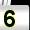
Digit: 5